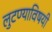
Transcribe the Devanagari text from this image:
लुटण्याविषयी